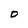
Character: O